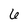
Character: 6